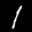
Label: 1